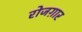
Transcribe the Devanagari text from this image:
रोजग़ार